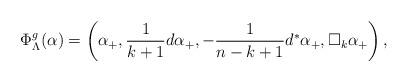
LaTeX: \begin{align*} \Phi^g_{\Lambda}(\alpha) = \left(\alpha_+,\frac{1}{k+1}d\alpha_+,-\frac{1}{n-k+1}d^*\alpha_+,\Box_k \alpha_+ \right),\end{align*}